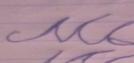
Signature authenticity: forged